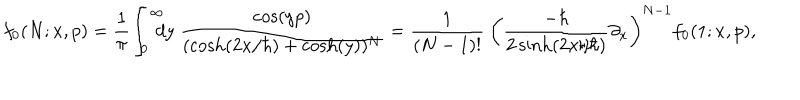
f _ { 0 } ( N ; x , p ) = { \frac { 1 } { \pi } } \! \int _ { 0 } ^ { \infty } \! \! \! \! d y ~ { \frac { \cos ( y p ) } { ( \cosh ( 2 x / \hbar ) + \cosh ( y ) ) ^ { N } } } = { \frac { 1 } { ( N - 1 ) ! } } ~ \left( \frac { - \hbar } { 2 \sinh ( 2 x / \hbar ) } \partial _ { x } \right) ^ { N - 1 } f _ { 0 } ( 1 ; x , p ) ,